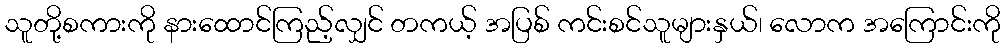
သူတို့စကားကို နားထောင်ကြည့်လျှင် တကယ့် အပြစ် ကင်းစင်သူများနှယ်၊ လောက အကြောင်းကို